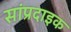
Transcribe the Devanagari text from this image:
सांप्रदाइक